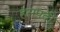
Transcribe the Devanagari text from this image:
हंसपदी